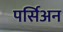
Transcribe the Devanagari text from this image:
पर्सिअन